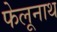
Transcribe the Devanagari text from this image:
फेलूनाथ